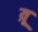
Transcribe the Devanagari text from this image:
य़ू